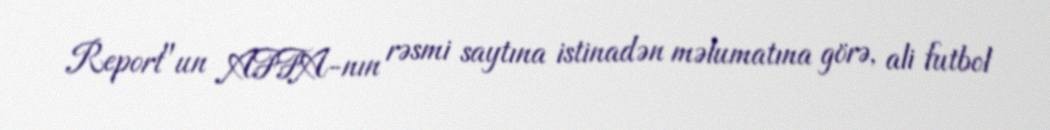
Report"un AFFA-nın rəsmi saytına istinadən məlumatına görə, ali futbol